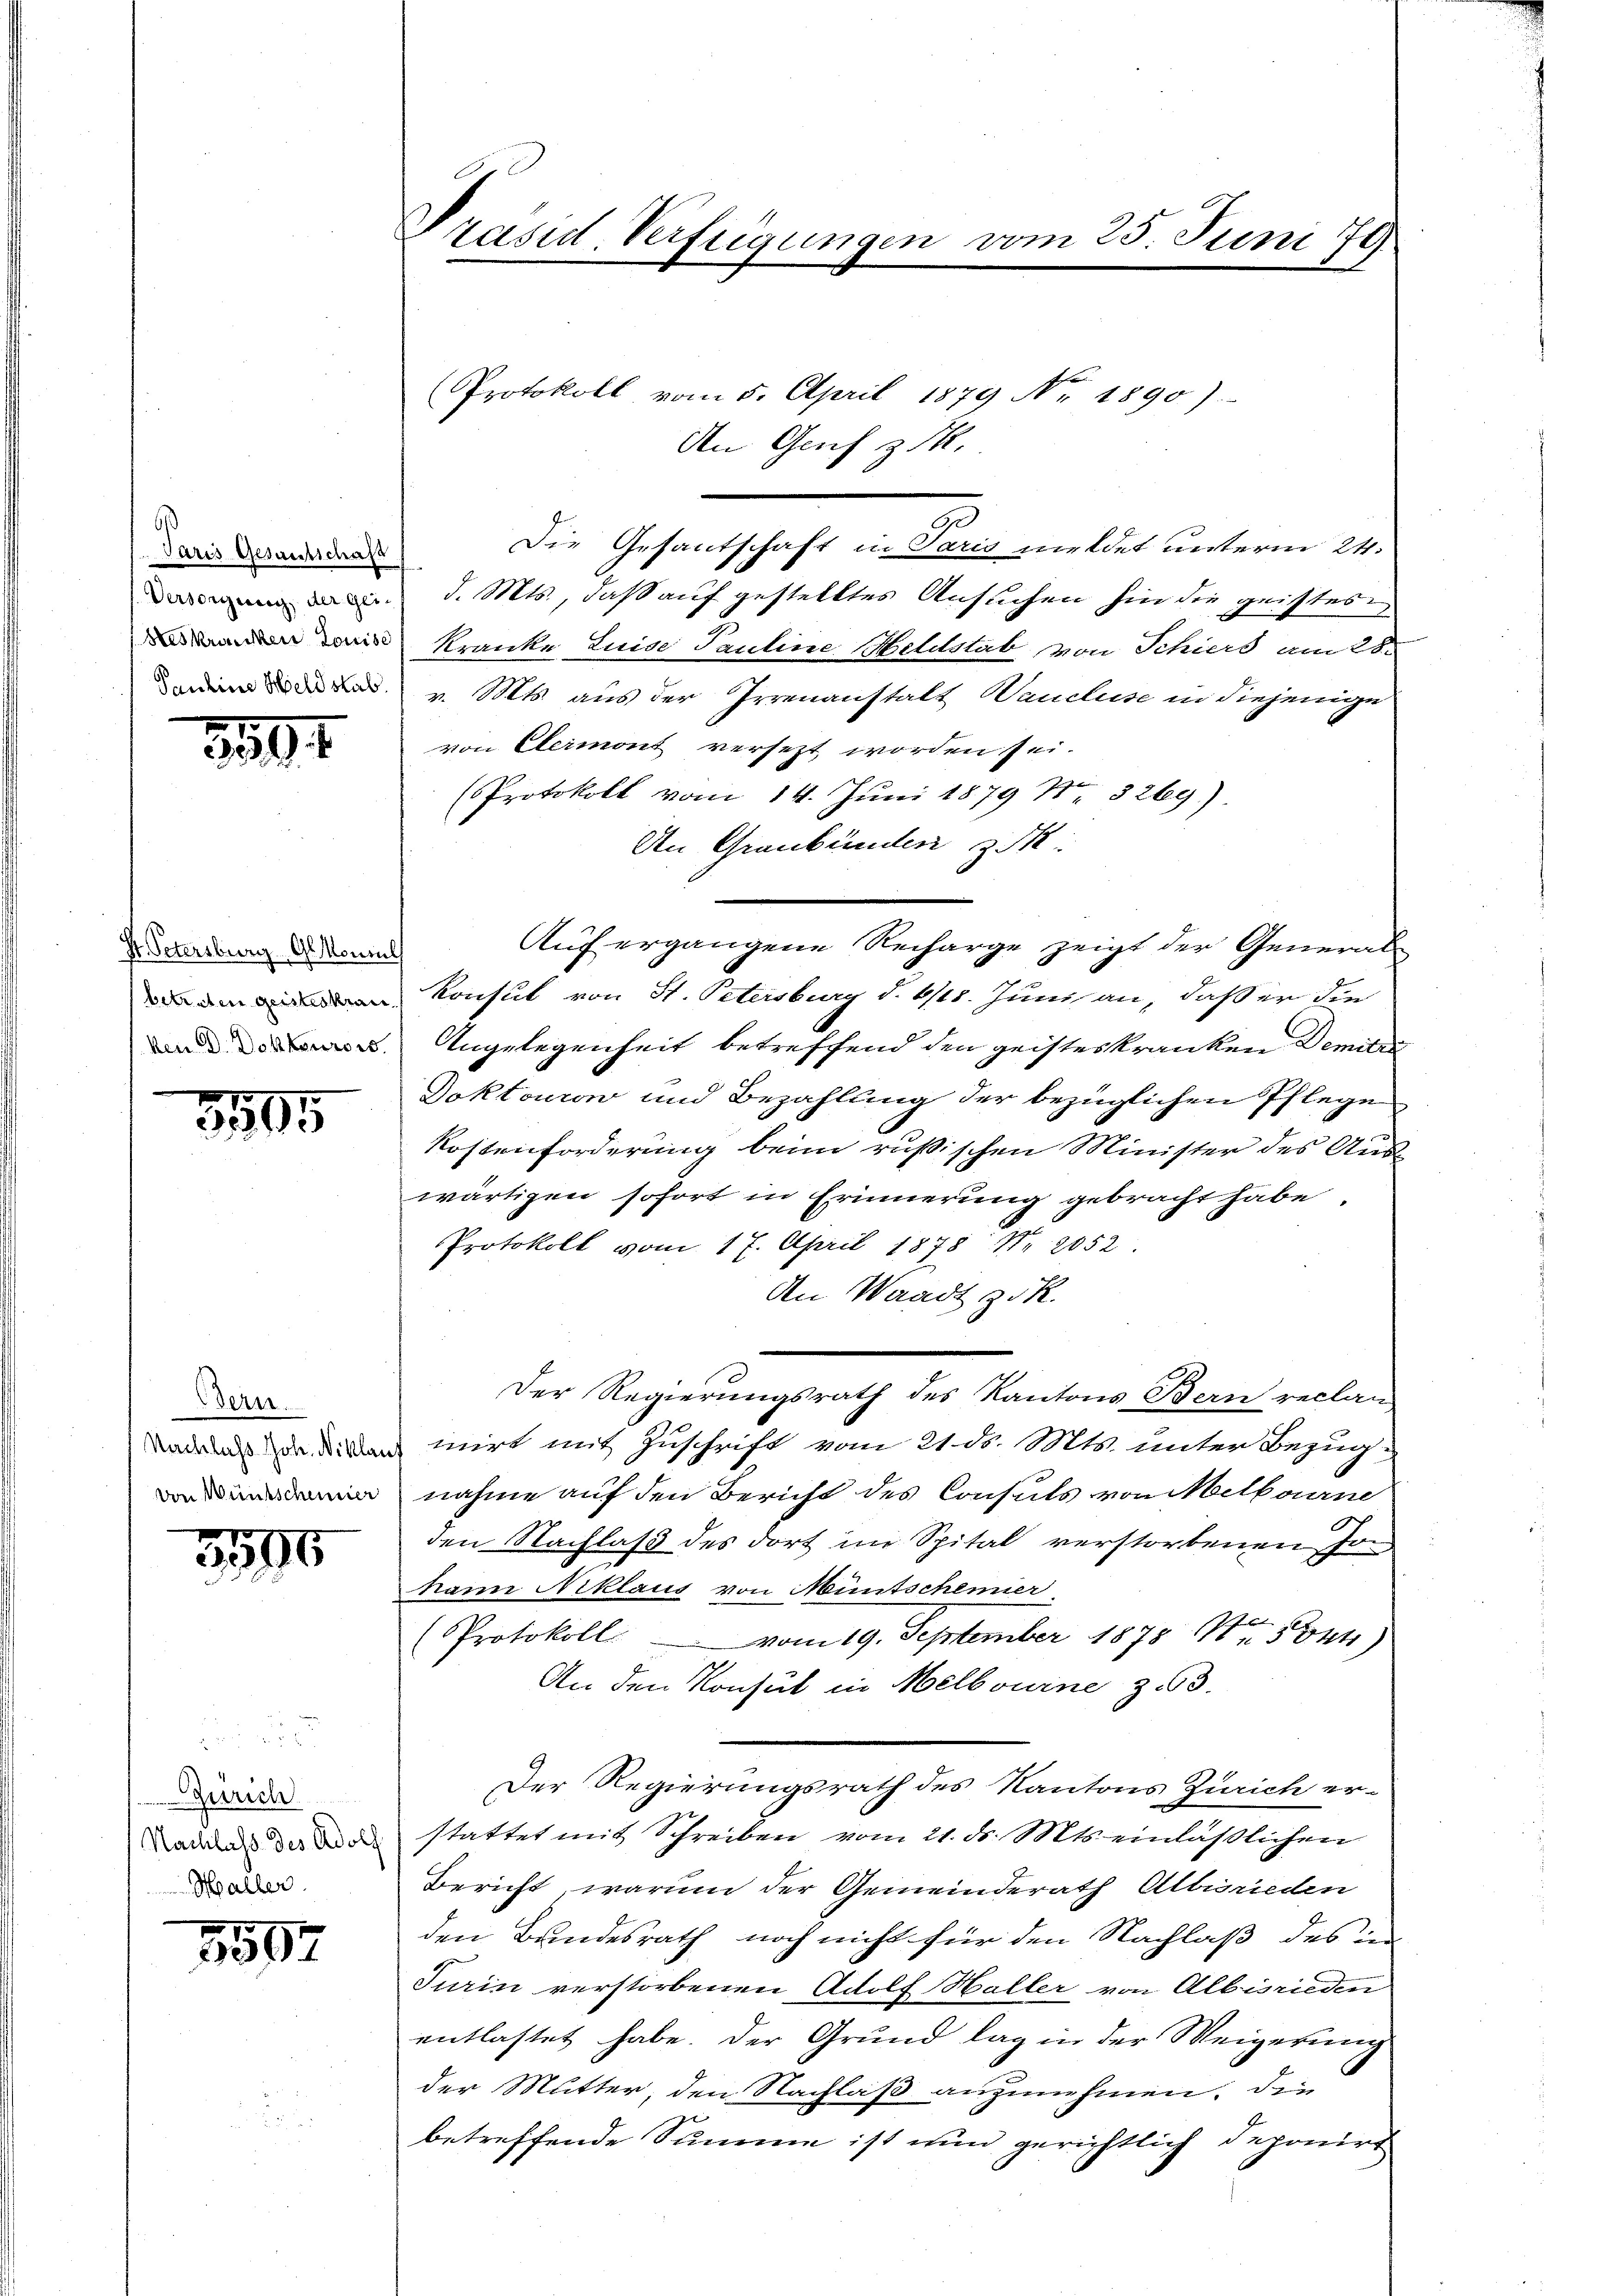
Paris Gesantschaft
Versorgung der gei-
Heskranken Louise
Pauline Held stab.

3594

H. Petersburg, Glonial
betreten geisteskran
ken d. Dokteurers

5595

Bern.
von Wünscheiner

1
96

Zürich
Nachlass des Adolf
Haller

5587

Präsid. Verfügungen vom 25. Juni 179

An Genf z.

Protokoll vom 5. April 1879 Nr 1890).

90

Auf ergangene Recharge zeigt der General-

werde

Die Gesantschaft in Paris meldet unterm 24.
d. Mts., daß auf gestelltes Ansuchen hin die geistes
Kranke Luise Pauline Heldstab von Schiers am 28.
v. Mts. aus der Irrenanstalt Waucluse in diejenige
von Elermont versezt worden sei.
Protokoll vom 14. Juni 1879 No. 3269)
An Graubünden z.
Konsul von H. Petersburg d. 618. Juni an, daß er die
Angelegenheit betreffend den geisteskranken Demitar
Doktouron und Bezahlung der bezüglichen Pflege
Kostenforderung beim russischen Minister des Aus-
wärtigen sofort in Erinnerung gebracht habe.
Protokoll vom 17. April 1878 Nr. 2052
An Waadt zuk
Der Regierungsrath des Kantons Bern reclan
Badens da dien inirt mit Zuschrift vom 21. ds. Mts. unter Bezugnahme auf den Bericht des Consuls von Melbourne
den Nachlaß des dort im Spital verstorbenen Jon
nann Niklaus von Muntschemer
Protokoll vom 19. September 1878 Mtr. Sonn
An den Konsul in Melbourne zu 3.
Der Regierungsrath des Kantons Zürich er-
stattet mit Schreiben vom 21. ds. Mts. einläßlichen
Bericht warum der Gemeinderath Albisrieden
den Bundesrath noch nicht für den Nachlaß des in
Turin verstorbenen Adolf Haller von Albisrieden
entlastet habe. Der Grund lag in der Weigerung
der Mutter, den Nachlaß anzunehmen. Die
betreffende Summe ist nun gerichtlich deponirt